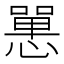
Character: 𢠸